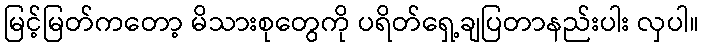
မြင့်မြတ်ကတော့ မိသားစုတွေကို ပရိတ်ရှေ့ချပြတာနည်းပါး လှပါ။